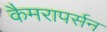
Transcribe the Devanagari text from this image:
कैमरापर्सन